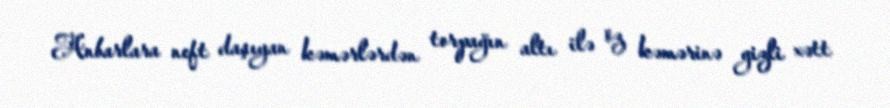
Anbarlara neft daşıyan kəmərlərdən torpağın altı ilə öz kəmərinə gizli xətt